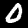
Label: 0